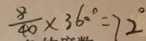
\frac { 8 } { 4 0 } \times 3 6 0 ^ { \circ } = 7 2 ^ { \circ }